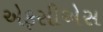
એફસીએસ